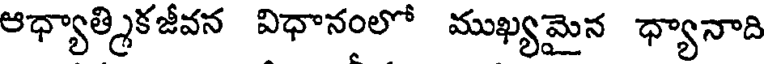
ఆధ్యాత్మికజీవన విధానంలో ముఖ్యమైన ధ్యానాది